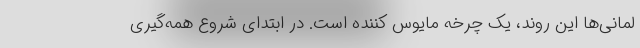
لمانی‌ها این روند، یک چرخه مایوس کننده است. در ابتدای شروع همه‌گیری